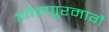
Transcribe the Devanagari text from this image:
शोरणूरमार्गे